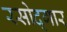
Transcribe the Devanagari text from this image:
रसोद्गार